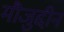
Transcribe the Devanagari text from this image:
मौजुद्दीन